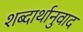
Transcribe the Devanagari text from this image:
शब्दार्थानुवाद